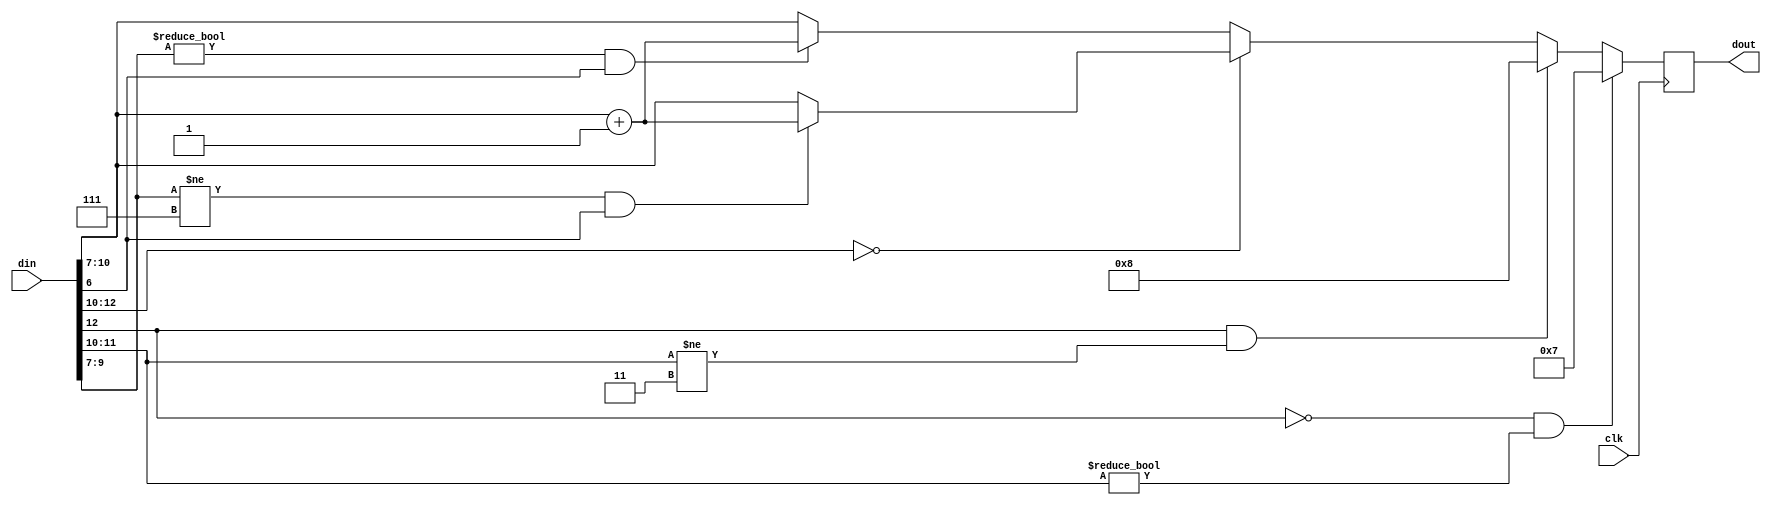
module round_data (
        clk, din, dout             
        ) ;
input                   clk ;
input       [12:0]      din ;
output reg  [3:0]       dout ;
reg     [3:0]       tmp ;
always @ (posedge clk)
  dout <= tmp ;
always @*
begin
  if ((~din[12]) && (din[11:10] != 2'b00))
    tmp = 4'b0111 ;
  else if (din[12] && (din[11:10] != 2'b11))
    tmp = 4'b1000 ;
  else if (din[12:10] == 3'b000)  
  begin
    if ((din[9:7] != 3'b111) & din[6])
      tmp = din[10:7] +1 ;
    else
      tmp = din[10:7] ;
  end
  else                  
  begin
    if ((din[9:7] != 3'b000) & din[6])
      tmp = din[10:7] +1 ;
    else
      tmp = din[10:7] ;
  end  
end
endmodule